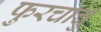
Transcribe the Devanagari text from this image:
फुरचाचु